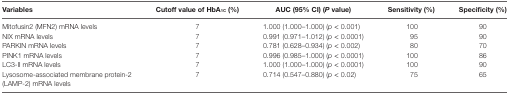
<table><thead><tr><td><b>Variables</b></td><td><b>Cutoff value of HbA<sub>1C</sub> (%)</b></td><td><b>AUC (95% CI) (<i>P</i> value)</b></td><td><b>Sensitivity (%)</b></td><td><b>Specificity (%)</b></td></tr></thead><tbody><tr><td>Mitofusin2 (MFN2) mRNA levels</td><td>7</td><td>1.000 (1.000–1.000) (<i>p</i> &lt; 0.001)</td><td>100</td><td>90</td></tr><tr><td>NIX mRNA levels</td><td>7</td><td>0.991 (0.971–1.012) (<i>p</i> &lt; 0.0001)</td><td>95</td><td>90</td></tr><tr><td>PARKIN mRNA levels</td><td>7</td><td>0.781 (0.628–0.934) (<i>p</i> &lt; 0.002)</td><td>80</td><td>70</td></tr><tr><td>PINK1 mRNA levels</td><td>7</td><td>0.996 (0.985–1.000) (<i>p</i> &lt; 0.0001)</td><td>100</td><td>86</td></tr><tr><td>LC3-II mRNA levels</td><td>7</td><td>1.000 (1.000–1.000) (<i>p</i> &lt; 0.0001)</td><td>100</td><td>90</td></tr><tr><td>Lysosome-associated membrane protein-2 (LAMP-2) mRNA levels</td><td>7</td><td>0.714 (0.547–0.880) (<i>p</i> &lt; 0.02)</td><td>75</td><td>65</td></tr></tbody></table>